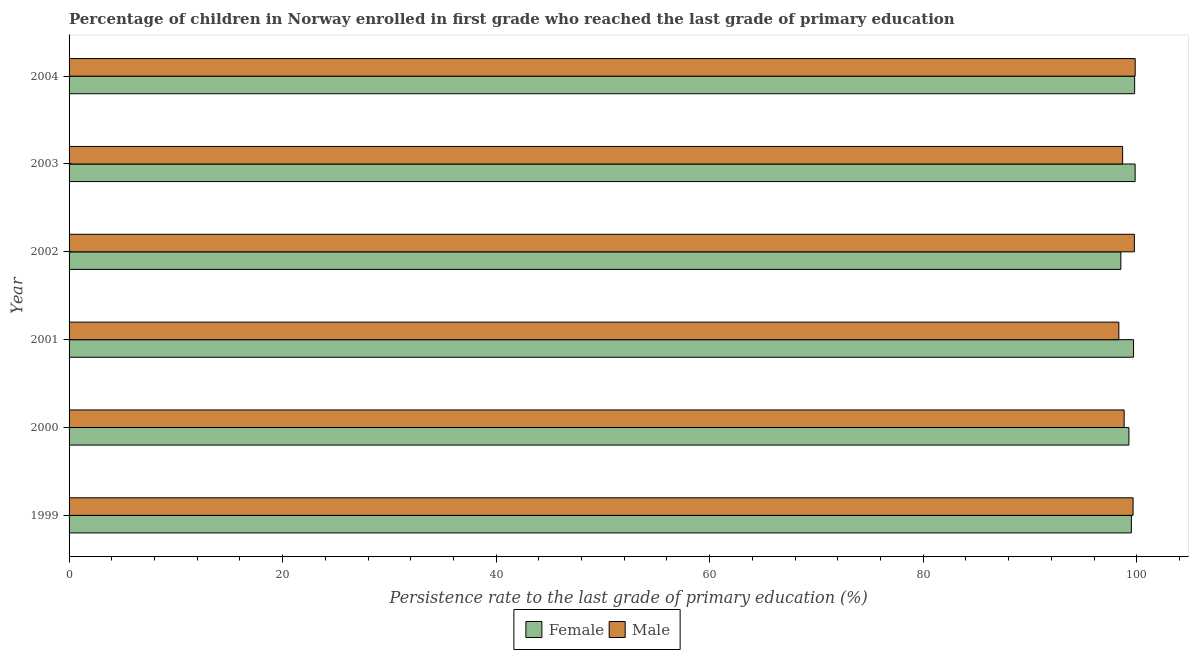
| Year | Female | Male |
 | --- | --- | --- |
 | 1999 | 99.5 | 99.7 |
 | 2000 | 99.3 | 98.8 |
 | 2001 | 99.7 | 98.3 |
 | 2002 | 98.5 | 99.8 |
 | 2003 | 99.9 | 98.7 |
 | 2004 | 99.8 | 99.9 |